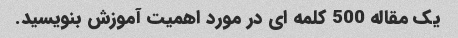
یک مقاله 500 کلمه ای در مورد اهمیت آموزش بنویسید.